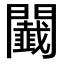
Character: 𨷡